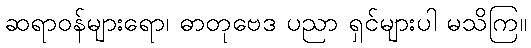
ဆရာဝန်များရော၊ ဓာတုဗေဒ ပညာ ရှင်များပါ မသိကြ။